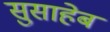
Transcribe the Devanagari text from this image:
सुसाहेब